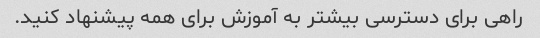
راهی برای دسترسی بیشتر به آموزش برای همه پیشنهاد کنید.